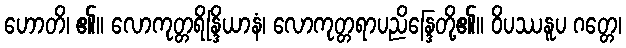
ဟောတိ၊ ၏။ လောကုတ္တရိန္ဒြိယာနံ၊ လောကုတ္တရာပညိန္ဒြေတို့၏။ ဝိပဿနူပ ဂတ္တေ၊